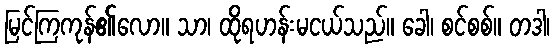
မြင်ကြကုန်၏လော။ သာ၊ ထိုရဟန်းမငယ်သည်။ ခေါ၊ စင်စစ်။ တဒါ၊